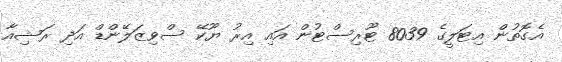
އެގޮތުން އިޓަލީގެ 8039 ޓޫރިސްޓުން އައި އިރު ޔޫކޭ ސްވިޒަލޭންޑް އަދި ރަޝިއާ